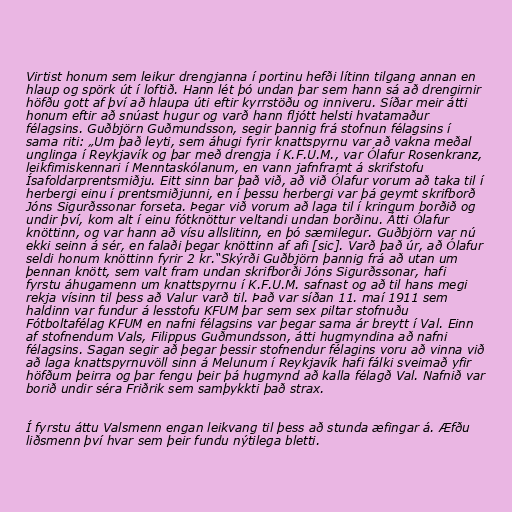
Virtist honum sem leikur drengjanna í portinu hefði lítinn tilgang annan en
hlaup og spörk út í loftið. Hann lét þó undan þar sem hann sá að drengirnir
höfðu gott af því að hlaupa úti eftir kyrrstöðu og inniveru. Síðar meir átti
honum eftir að snúast hugur og varð hann fljótt helsti hvatamaður
félagsins. Guðbjörn Guðmundsson, segir þannig frá stofnun félagsins í
sama riti: „Um það leyti, sem áhugi fyrir knattspyrnu var að vakna meðal
unglinga í Reykjavík og þar með drengja í K.F.U.M., var Ólafur Rosenkranz,
leikfimiskennari í Menntaskólanum, en vann jafnframt á skrifstofu
Ísafoldarprentsmiðju. Eitt sinn bar það við, að við Ólafur vorum að taka til í
herbergi einu í prentsmiðjunni, en í þessu herbergi var þá geymt skrifborð
Jóns Sigurðssonar forseta. Þegar við vorum að laga til í kringum borðið og
undir því, kom alt í einu fótknöttur veltandi undan borðinu. Átti Ólafur
knöttinn, og var hann að vísu allslitinn, en þó sæmilegur. Guðbjörn var nú
ekki seinn á sér, en falaði þegar knöttinn af afi [sic]. Varð það úr, að Ólafur
seldi honum knöttinn fyrir 2 kr.“Skýrði Guðbjörn þannig frá að utan um
þennan knött, sem valt fram undan skrifborði Jóns Sigurðssonar, hafi
fyrstu áhugamenn um knattspyrnu í K.F.U.M. safnast og að til hans megi
rekja vísinn til þess að Valur varð til. Það var síðan 11. maí 1911 sem
haldinn var fundur á lesstofu KFUM þar sem sex piltar stofnuðu
Fótboltafélag KFUM en nafni félagsins var þegar sama ár breytt í Val. Einn
af stofnendum Vals, Filippus Guðmundsson, átti hugmyndina að nafni
félagsins. Sagan segir að þegar þessir stofnendur félagins voru að vinna við
að laga knattspyrnuvöll sinn á Melunum í Reykjavík hafi fálki sveimað yfir
höfðum þeirra og þar fengu þeir þá hugmynd að kalla félagð Val. Nafnið var
borið undir séra Friðrik sem samþykkti það strax.

Í fyrstu áttu Valsmenn engan leikvang til þess að stunda æfingar á. Æfðu
liðsmenn því hvar sem þeir fundu nýtilega bletti.